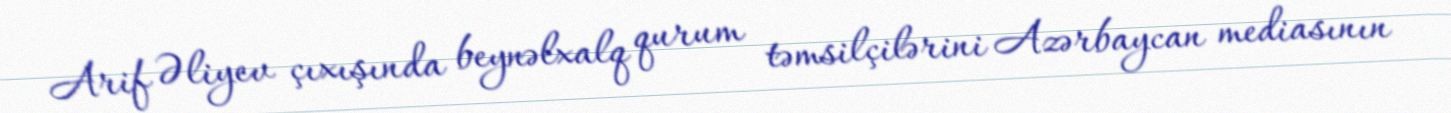
Arif Əliyev çıxışında beynəlxalq qurum təmsilçilərini Azərbaycan mediasının